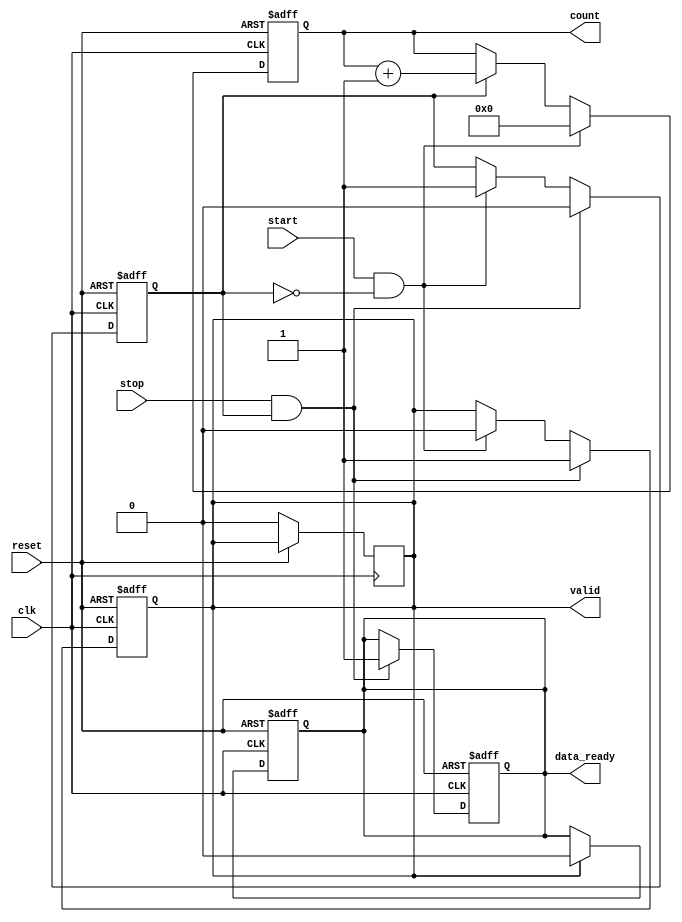
module tdc (
    input wire clk,            // Clock input
    input wire reset,          // Asynchronous reset
    input wire start,          // Start signal
    input wire stop,           // Stop signal
    output reg [15:0] count,   // Counter value output (16-bit)
    output reg valid,          // Valid signal for output
    output reg data_ready      // Signal to indicate that new data is available
);

    reg counting;              // State to indicate whether we are counting
    reg [15:0] memory;         // Memory block to store the count

    // Main TDC operation
    always @(posedge clk or posedge reset) begin
        if (reset) begin
            count <= 16'b0;    // Reset the counter to zero
            valid <= 1'b0;     // Invalidate output
            data_ready <= 1'b0; // No data ready on reset
            counting <= 1'b0;   // Counting is off
            memory <= 16'b0;    // Clear memory
        end else begin
            if (start && !counting) begin
                count <= 16'b0; // Reset counter on start
                counting <= 1'b1; // Start counting
                valid <= 1'b0; // Invalid until stop is detected
            end else if (counting) begin
                count <= count + 1; // Increment counter on clock
            end
            
            if (stop && counting) begin
                counting <= 1'b0; // Stop counting
                memory <= count;  // Store the count in memory
                valid <= 1'b1;    // Mark the output as valid
                data_ready <= 1'b1; // Data is ready to be read
            end
        end
    end

    // Optional: Logic to signal when data is read out (not specified in the description)
    always @(posedge clk or posedge reset) begin
        if (reset) begin
            data_ready <= 1'b0; // Reset data ready signal
        end else if (valid) begin
            // Logic to clear data_ready after reading the data
            // Assuming a read operation happens here
            data_ready <= 1'b0; // Clear the signal once data is read
            valid <= 1'b0;      // Clear valid flag after read
        end
    end

endmodule